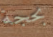
بحجة